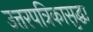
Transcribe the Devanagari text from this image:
उत्तरपत्रिकासुद्धा